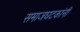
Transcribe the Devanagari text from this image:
समाजघटकांनी